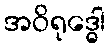
အဝိရုဒ္ဓေါ